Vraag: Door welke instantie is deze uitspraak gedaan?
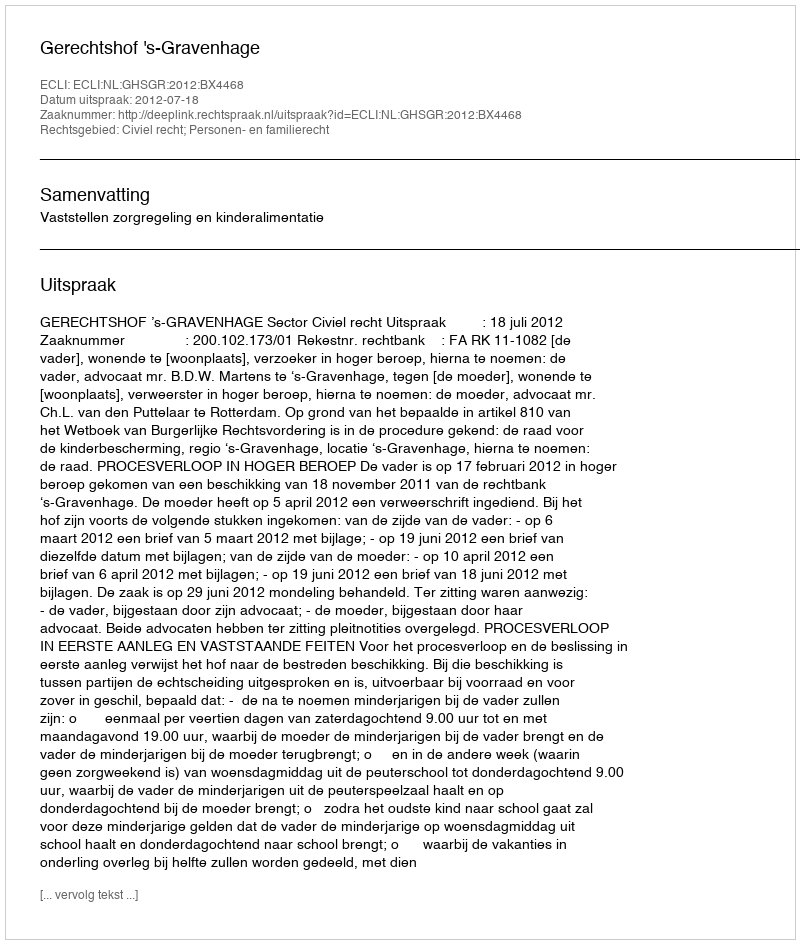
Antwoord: Gerechtshof 's-Gravenhage